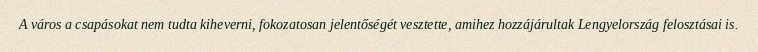
A város a csapásokat nem tudta kiheverni, fokozatosan jelentőségét vesztette, amihez hozzájárultak Lengyelország felosztásai is.